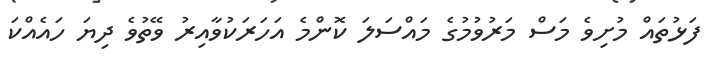
ފަޅުތައް މުށިވެ މަސް މަރުވުމުގެ މައްސަލަ ކޮންމެ އަހަރަކުވާއިރު ވޭތުވެ ދިޔަ ހައެއްކަ